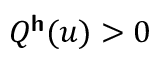
Q ^ { \boldsymbol { \mathsf { h } } } ( u ) > 0